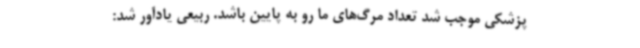
پزشکی موجب شد تعداد مرگ‌های ما رو به پایین باشد. ربیعی یادآور شد: